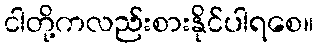
ငါတို့ကလည်းစားနိုင်ပါရစေ။